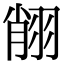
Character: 𦐺